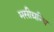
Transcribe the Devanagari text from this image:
मसीग्रन्थि